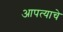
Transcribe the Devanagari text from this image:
आपत्याचे